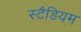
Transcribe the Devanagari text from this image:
स्टैडियम